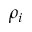
\rho _ { i }